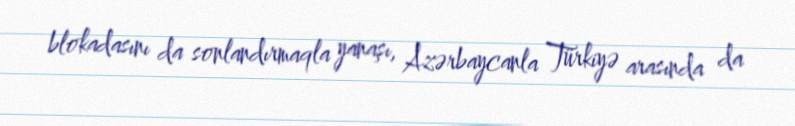
blokadasını da sonlandırmaqla yanaşı, Azərbaycanla Türkiyə arasında da